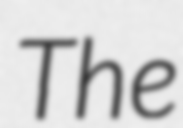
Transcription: The